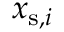
x _ { \mathrm { s } , i }